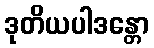
ဒုတိယပါဒန္တော